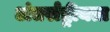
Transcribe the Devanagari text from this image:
अंतर्राष्ट्रीयता